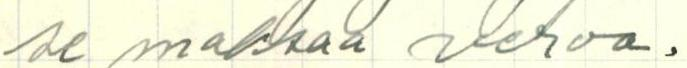
se maksaa veroa.